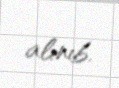
alınıb.